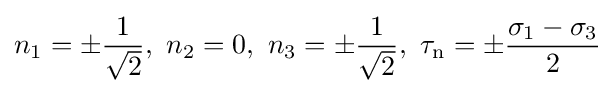
n_{1}=\pm {\frac {1}{\sqrt {2}}},\,\,n_{2}=0,\,\,n_{3}=\pm {\frac {1}{\sqrt {2}}},\,\,\tau _{\text{n}}=\pm {\frac {\sigma _{1}-\sigma _{3}}{2}}